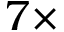
7 \times